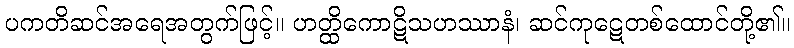
ပကတိဆင်အရေအတွက်ဖြင့်။ ဟတ္ထိကောဋိသဟဿာနံ၊ ဆင်ကုဋေတစ်ထောင်တို့၏။